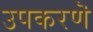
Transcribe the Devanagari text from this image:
उपकरणॆ